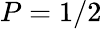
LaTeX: P=1/2